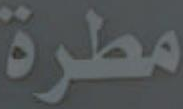
مطرة